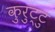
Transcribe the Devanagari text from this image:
कुरुट्टु